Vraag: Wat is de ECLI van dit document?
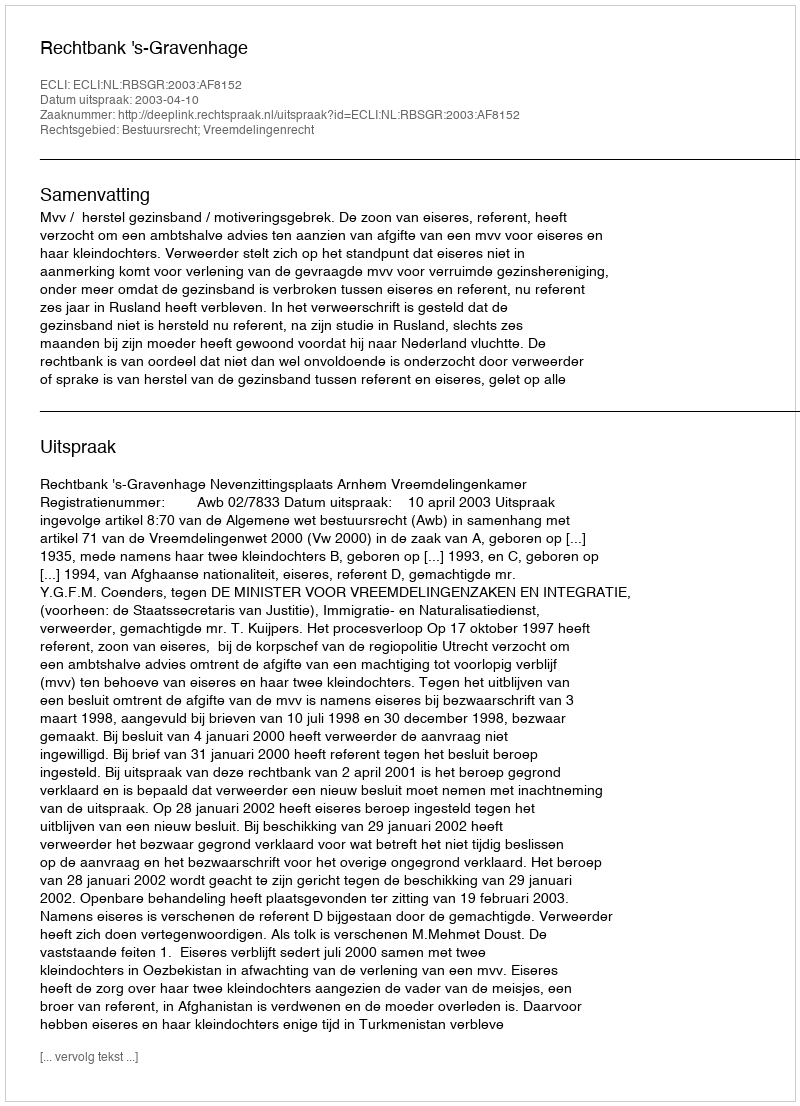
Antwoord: ECLI:NL:RBSGR:2003:AF8152